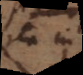
ita in